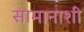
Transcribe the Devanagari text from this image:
सामानाशी